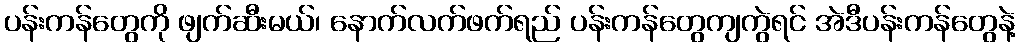
ပန်းကန်တွေကို ဖျက်ဆီးမယ်၊ နောက်လက်ဖက်ရည် ပန်းကန်တွေကျကွဲရင် အဲဒီပန်းကန်တွေနဲ့